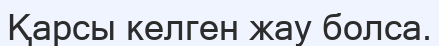
Қарсы келген жау болса.